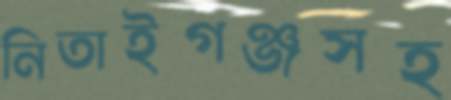
নিতাইগঞ্জসহ